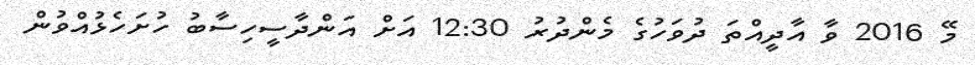
މޭ 2016 ވާ އާދީއްތަ ދުވަހުގެ މެންދުރު 12:30 އަށް އަންދާސީހިސާބު ހުށަހެޅުއްވުން